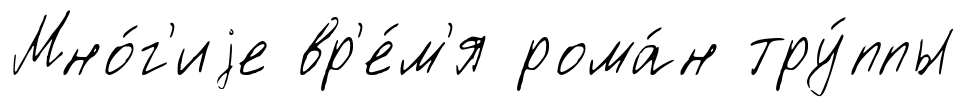
Мно́г'иjе вр'е́м'я рома́н тру́ппы